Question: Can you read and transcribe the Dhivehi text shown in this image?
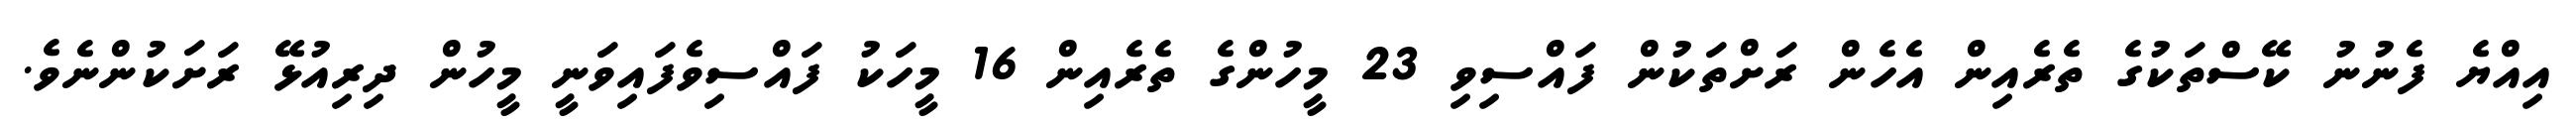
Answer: އިއްޔެ ފެނުނު ކޭސްތަކުގެ ތެރެއިން އެހެން ރަށްތަކުން ފައްސިވި 23 މީހުންގެ ތެރެއިން 16 މީހަކު ފައްސިވެފައިވަނީ މީހުން ދިރިއުޅޭ ރަށަކުންނެވެ.